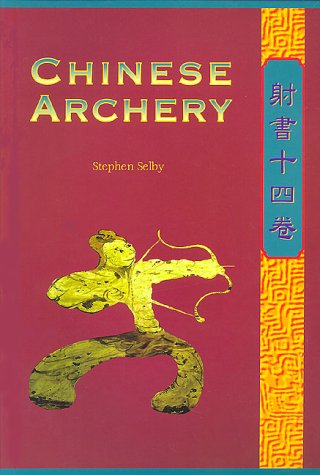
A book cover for Chinese Archery; Stephen Selby; Sports & Outdoors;